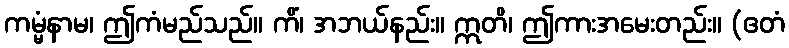
ကမ္မံနာမ၊ ဤကံမည်သည်။ ကိံ၊ အဘယ်နည်း။ ဣတိ၊ ဤကားအမေးတည်း။ (ဧတံ